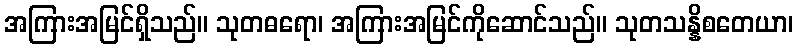
အကြားအမြင်ရှိသည်။ သုတဓရော၊ အကြားအမြင်ကိုဆောင်သည်။ သုတသန္နိစတေယာ၊